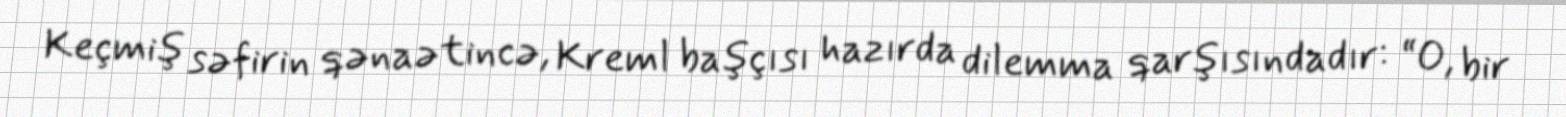
Keçmiş səfirin qənaətincə, Kreml başçısı hazırda dilemma qarşısındadır: “O, bir